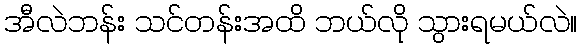
အီလဲဘန်း သင်တန်းအထိ ဘယ်လို သွားရမယ်လဲ။